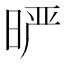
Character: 𰖈